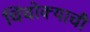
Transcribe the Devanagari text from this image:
चिंचोक्याची